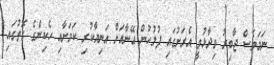
ނަމަވެސް ޖާބިރު ވިދާޅުވީ އެރަށުގައި ފުލުހުން އޭނާއަށް އަނިޔާކުރި ކަމަށާއި ހެކިންގެ ގޮތުގައި